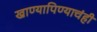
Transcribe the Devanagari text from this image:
खाण्यापिण्याचंही